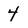
Character: 4